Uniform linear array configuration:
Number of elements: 32
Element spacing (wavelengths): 1
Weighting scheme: hamming
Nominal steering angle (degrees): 30
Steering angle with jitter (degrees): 29.253
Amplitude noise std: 0.05
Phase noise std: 0.05

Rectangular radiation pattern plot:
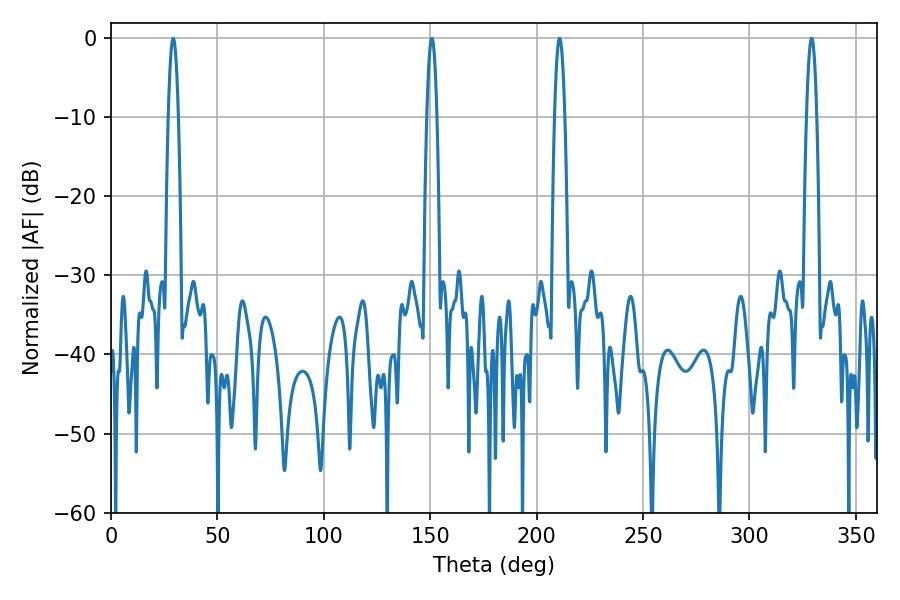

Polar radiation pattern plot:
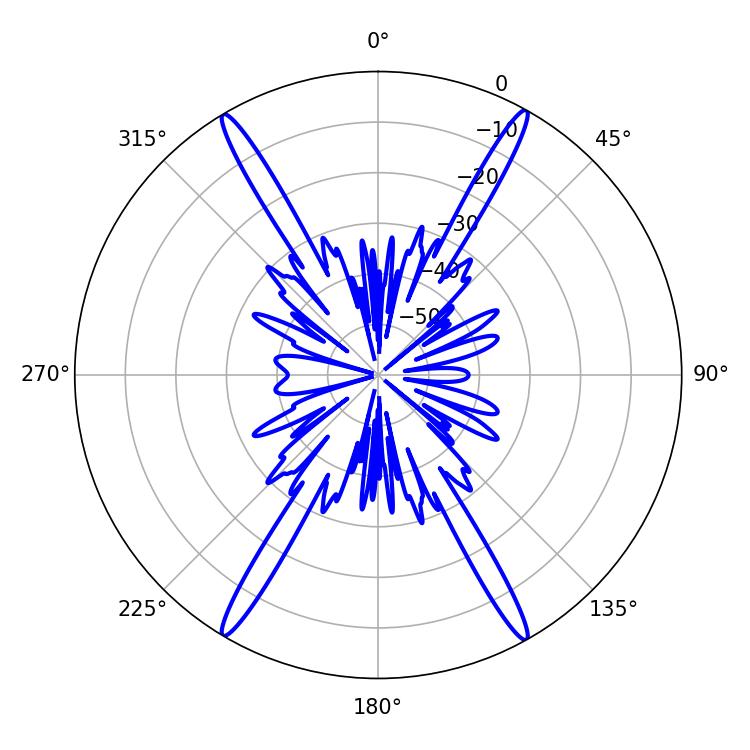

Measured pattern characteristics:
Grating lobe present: TRUE
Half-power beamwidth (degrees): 2.52
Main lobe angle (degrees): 329.22